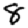
Digit: 8